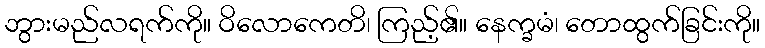
ဘွားမည်လရက်ကို။ ဝိလောကေတိ၊ ကြည့်၏။ နေက္ခမံ၊ တောထွက်ခြင်းကို။